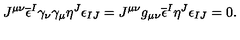
J ^ { \mu \nu } \overline { { \epsilon } } ^ { I } \gamma _ { \nu } \gamma _ { \mu } \eta ^ { J } \epsilon _ { I J } = J ^ { \mu \nu } g _ { \mu \nu } \overline { { \epsilon } } ^ { I } \eta ^ { J } \epsilon _ { I J } = 0 .